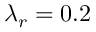
\lambda _ { r } = 0 . 2